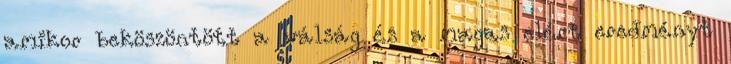
amikor beköszöntött a válság és a magas elért eredményt